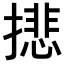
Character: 𢴾